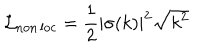
LaTeX: \mathcal { L } _ { \mathrm { n o n \, l o c } } = { \frac { 1 } { 2 } } | \sigma ( k ) | ^ { 2 } \sqrt { k ^ { 2 } }